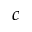
c